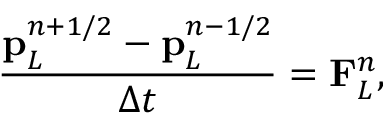
\frac { \mathbf { p } _ { L } ^ { n + 1 / 2 } - \mathbf { p } _ { L } ^ { n - 1 / 2 } } { \Delta t } = \mathbf { F } _ { L } ^ { n } ,